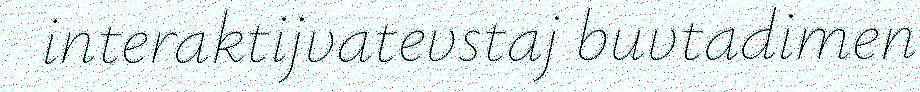
interaktijvatevstaj buvtadimen